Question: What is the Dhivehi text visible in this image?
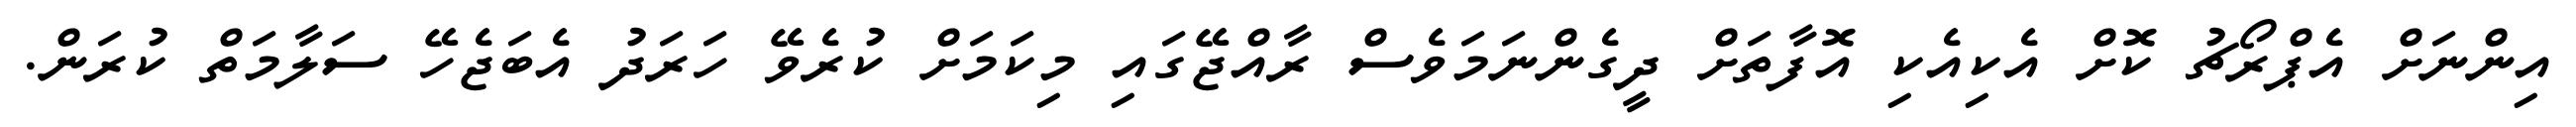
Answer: އިންނަށް އެޕްރޯޗު ކޮށް އެކިއެކި އޮފާތަށް ދީގެންނަމަވެސް ރާއްޖޭގައި މިކަމަށް ކުރެވޭ ހަރަދު އެބަޖެހޭ ސަލާމަތް ކުރަން.